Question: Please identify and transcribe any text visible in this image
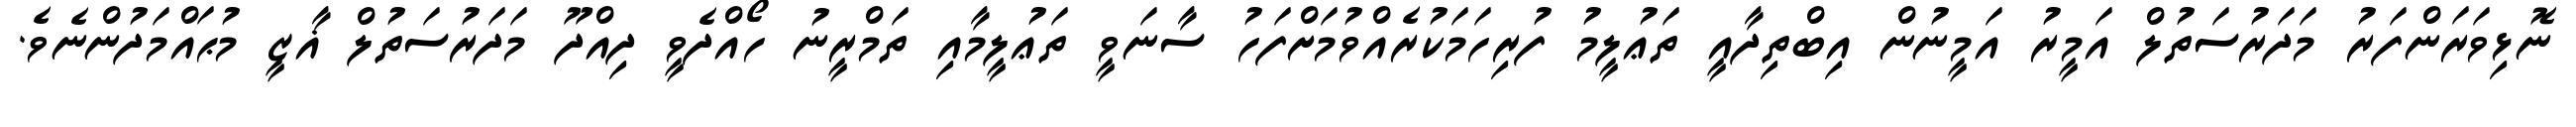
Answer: ނޮޅިވަރަންފަރު މަދަރުސަތުލް އަމީރު އަމީނުން އިބްތިދާއީ ތަޢުލީމު ފުރިހަމަކުރެއްވުމަށްފަހު ސާނަވީ ތަޢުލީމާއި ތަމްރީނު ހޯއްދެވީ ދިއްދޫ މަދަރުސަތުލް ޣާޒީ މުޙައްމަދުންނެވެ.